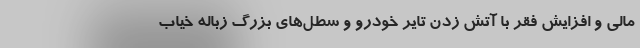
مالی و افزایش فقر با آتش زدن تایر خودرو و سطل‌های بزرگ زباله خیاب